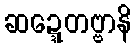
ဆဍ္ဍေတဗ္ဗာနိ